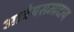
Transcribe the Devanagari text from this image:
आत्रेयसम्प्रदाय